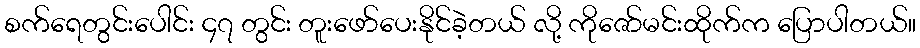
စက်ရေတွင်းပေါင်း ၄၇ တွင်း တူးဖော်ပေးနိုင်ခဲ့တယ် လို့ ကိုဇော်မင်းထိုက်က ပြောပါတယ်။